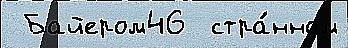
 Байером46  стра́нном